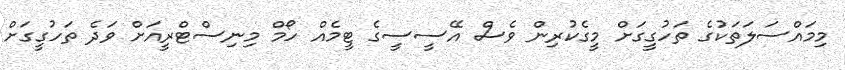
މިމައްސަލަތަކުގެ ތަހުގީގަށް މީގެކުރިން ވެސް އޭސީސީގެ ޓީމެއް ހޯމް މިނިސްޓްރީއަށް ވަދެ ތަހުގީގަށް